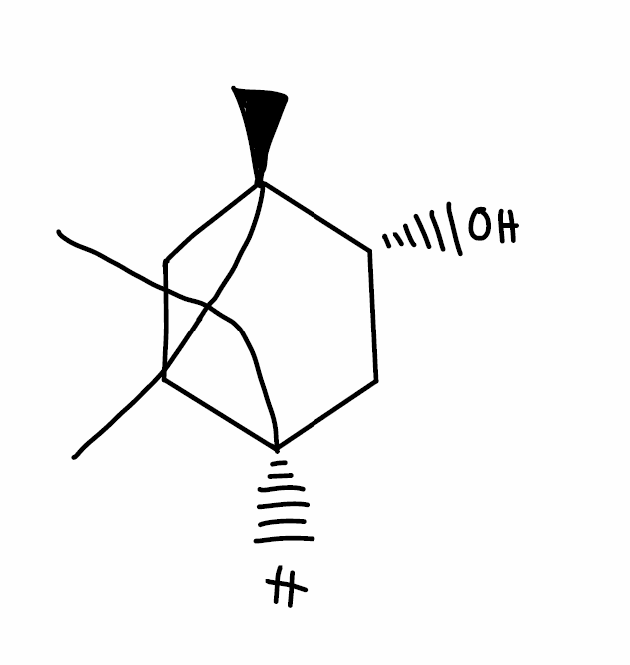
Simplified molecular-input line-entry system (SMILES) notation of the given molecule:
C[C@]12CC[C@@H](C1(C)C)C[C@H]2O